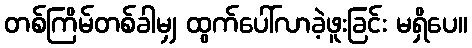
တစ်ကြိမ်တစ်ခါမျှ ထွက်ပေါ်လာခဲ့ဖူးခြင်း မရှိပေ။